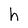
Character: h